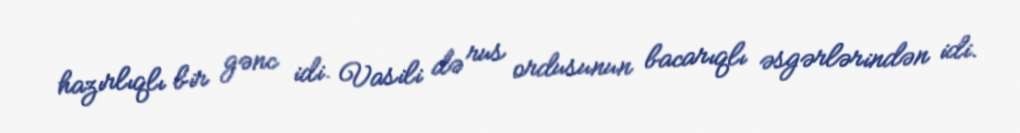
hazırlıqlı bir gənc idi. Vasili də rus ordusunun bacarıqlı əsgərlərindən idi.